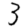
Digit: 3